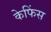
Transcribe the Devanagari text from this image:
केफिंस